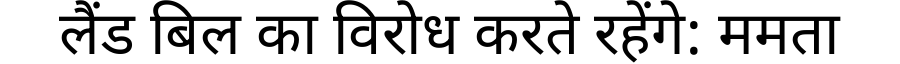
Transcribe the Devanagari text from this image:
लैंड बिल का विरोध करते रहेंगे: ममता